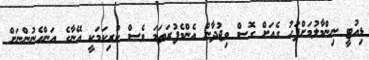
ޑިއުޓީ ނިންމާލުމަށްފަހު ގެއަށް ގޮސް ވިޖުދާން އެންމެފުރަތަމަ ވެސް ކުރިކަމަކީ އޭނާގެ އަންހެނުންނަށް